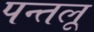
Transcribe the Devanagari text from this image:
पन्तलू